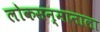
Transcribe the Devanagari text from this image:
लोकसन्मानाला